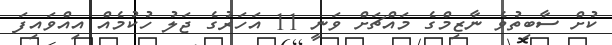
ކުށް ސާބިތުވެ ނާޒިމްގެ މައްޗަށް ވަނީ 11 އަހަރުގެ ޖަލު ހުކުމެއް އިއްވައިފަ